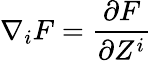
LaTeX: \nabla_{i}F={\frac{\partial F}{\partial Z^{i}}}